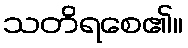
သတိရစေ၏။